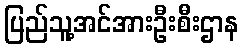
ပြည်သူ့အင်အားဦးစီးဌာန